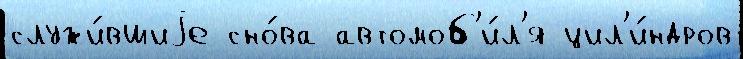
служи́вшиjе сно́ва автомоб'и́л'я цил'и́ндров